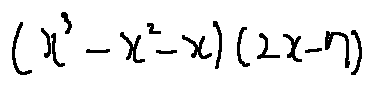
( x ^ { 3 } - x ^ { 2 } - x ) ( 2 x - 7 )